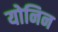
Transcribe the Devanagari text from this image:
योनिन